Indian journal of veterinary science and animal husbandry - Volumes 22-23, 1952-1953
Year: 1952
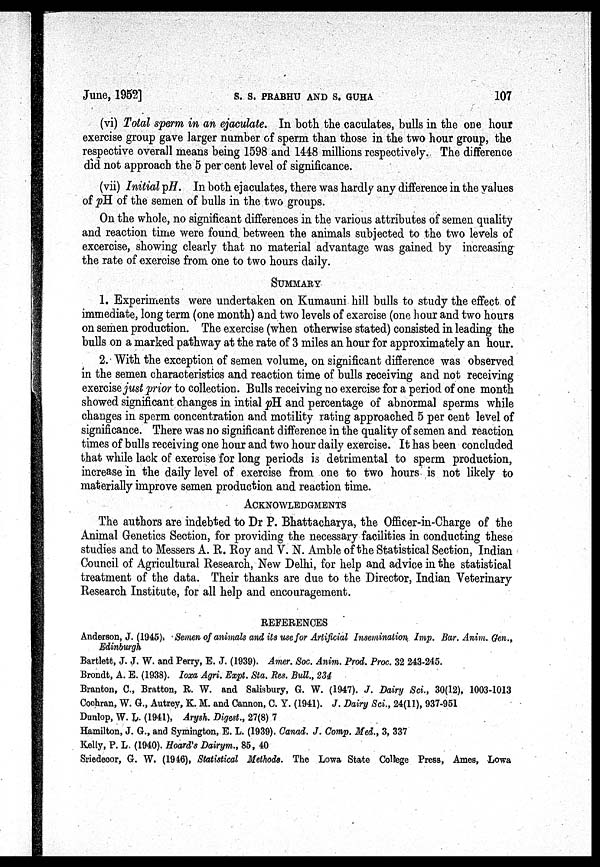
June, 1952]
S.
S.
PRABHU
AND
S.
GUHA
107
(vi) Total sperm in an ejaculate. In both the caculates, bulls in the one hour
exercise group gave larger number of sperm than those in the two hour group, the
respective overall means being 1598 and 1448 millions respectively. The difference
did not approach the 5 per cent level of significance.
(vii) Initial pH. In both ejaculates, there was hardly any difference in the values
of pH of the semen of bulls in the two groups.
On the whole, no significant differences in the various attributes of semen quality
and reaction time were found between the animals subjected to the two levels of
excercise, showing clearly that no material advantage was gained by increasing
the rate of exercise from one to two hours daily.
SUMMARY
1. Experiments were undertaken on Kumauni hill bulls to study the effect of
immediate, long term (one month) and two levels of exercise (one hour and two hours
on semen production. The exercise (when otherwise stated) consisted in leading the
bulls on a marked pathway at the rate of 3 miles an hour for approximately an hour.
2. With the exception of semen volume, on significant difference was observed
in the semen characteristics and reaction time of bulls receiving and not receiving
exercise just prior to collection. Bulls receiving no exercise for a period of one month
showed significant changes in intial pH and percentage of abnormal sperms while
changes in sperm concentration and motility rating approached 5 per cent level of
significance. There was no significant difference in the quality of semen and reaction
times of bulls receiving one hour and two hour daily exercise. It has been concluded
that while lack of exercise for long periods is detrimental to sperm production,
increase in the daily level of exercise from one to two hours is not likely to
materially improve semen production and reaction time.
ACKNOWLEDGEMENTS
The authors are indebted to Dr P. Bhattacharya, the Officer-in-Charge of the
Animal Genetics Section, for providing the necessary facilities in conducting these
studies and to Messers A. R. Roy and V. N. Amble of the Statistical Section, Indian
Council of Agricultural Research, New Delhi, for help and advice in the statistical
treatment of the data. Their thanks are due to the Director, Indian Veterinary
Research Institute, for all help and encouragement.
REFERENCES
Anderson, J. (1945). Semen of animals and its use for Artificial Insemination Imp. Bar. Anim. Gen.,
Edinburgh
Bartlett, J. J. W. and Perry, E. J. (1939). Amer. Soc. Anim. Prod. Proc. 32 243-245.
Brondt, A. E. (1938). Ioxa Agri. Expt. Sta. Res. Bull., 234
Branton, C., Bratton, R. W. and Salisbury, G. W. (1947). J. Dairy Sci., 30(12), 1003-1013
Cochran, W. G., Autrey, K. M. and Cannon, C. Y. (1941). J. Dairy Sci., 24(11), 937-951
Dunlop, W. L. (1941), Arysh. Digest., 27(8) 7
Hamilton, J. G., and Symington, E. L. (1939). Canad. J. Comp. Med., 3, 337
Kelly, P. L. (1940). Hoard's Dairym., 85, 40
Sriedecor, G. W. (1946), Statistical Methods. The Lowa State College Press, Ames, Lowa